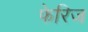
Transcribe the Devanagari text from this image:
फेरिज